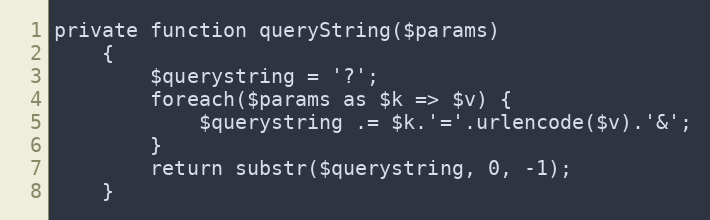
Language: PHP
private function queryString($params)
	{
		$querystring = '?';
		foreach($params as $k => $v) {
			$querystring .= $k.'='.urlencode($v).'&';
		}
		return substr($querystring, 0, -1);
	}